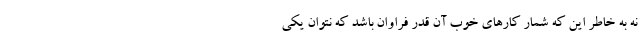
نه به خاطر این که شمار کارهای خوب آن قدر فراوان باشد که نتوان یکی